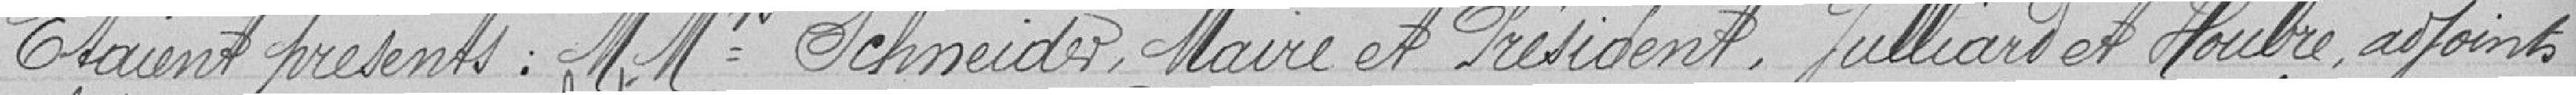
Etaient présents = MMrs Schneider, Maire et Président, Juillard et Houbre, adjoints